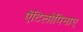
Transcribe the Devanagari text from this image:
ऐंटिलोपिनाए